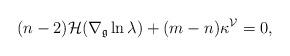
LaTeX: \begin{align*}(n-2)\mathcal{H}(\nabla_{\mathfrak{g}}\ln\lambda)+(m-n)\kappa^{\mathcal{V}}=0,\end{align*}